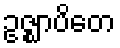
ဥဇ္ဈာပိတေ